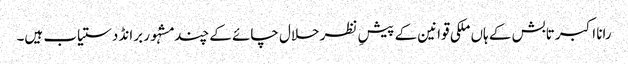
رانا اکبر تابش کے ہاں ملکی قوانین کے پیشِ نظر حلال چائے کے چند مشہُور برانڈ دستیاب ہیں۔